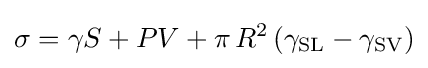
\sigma =\gamma S+PV+\pi \,R^{2}\left(\gamma _{\text{SL}}-\gamma _{\text{SV}}\right)